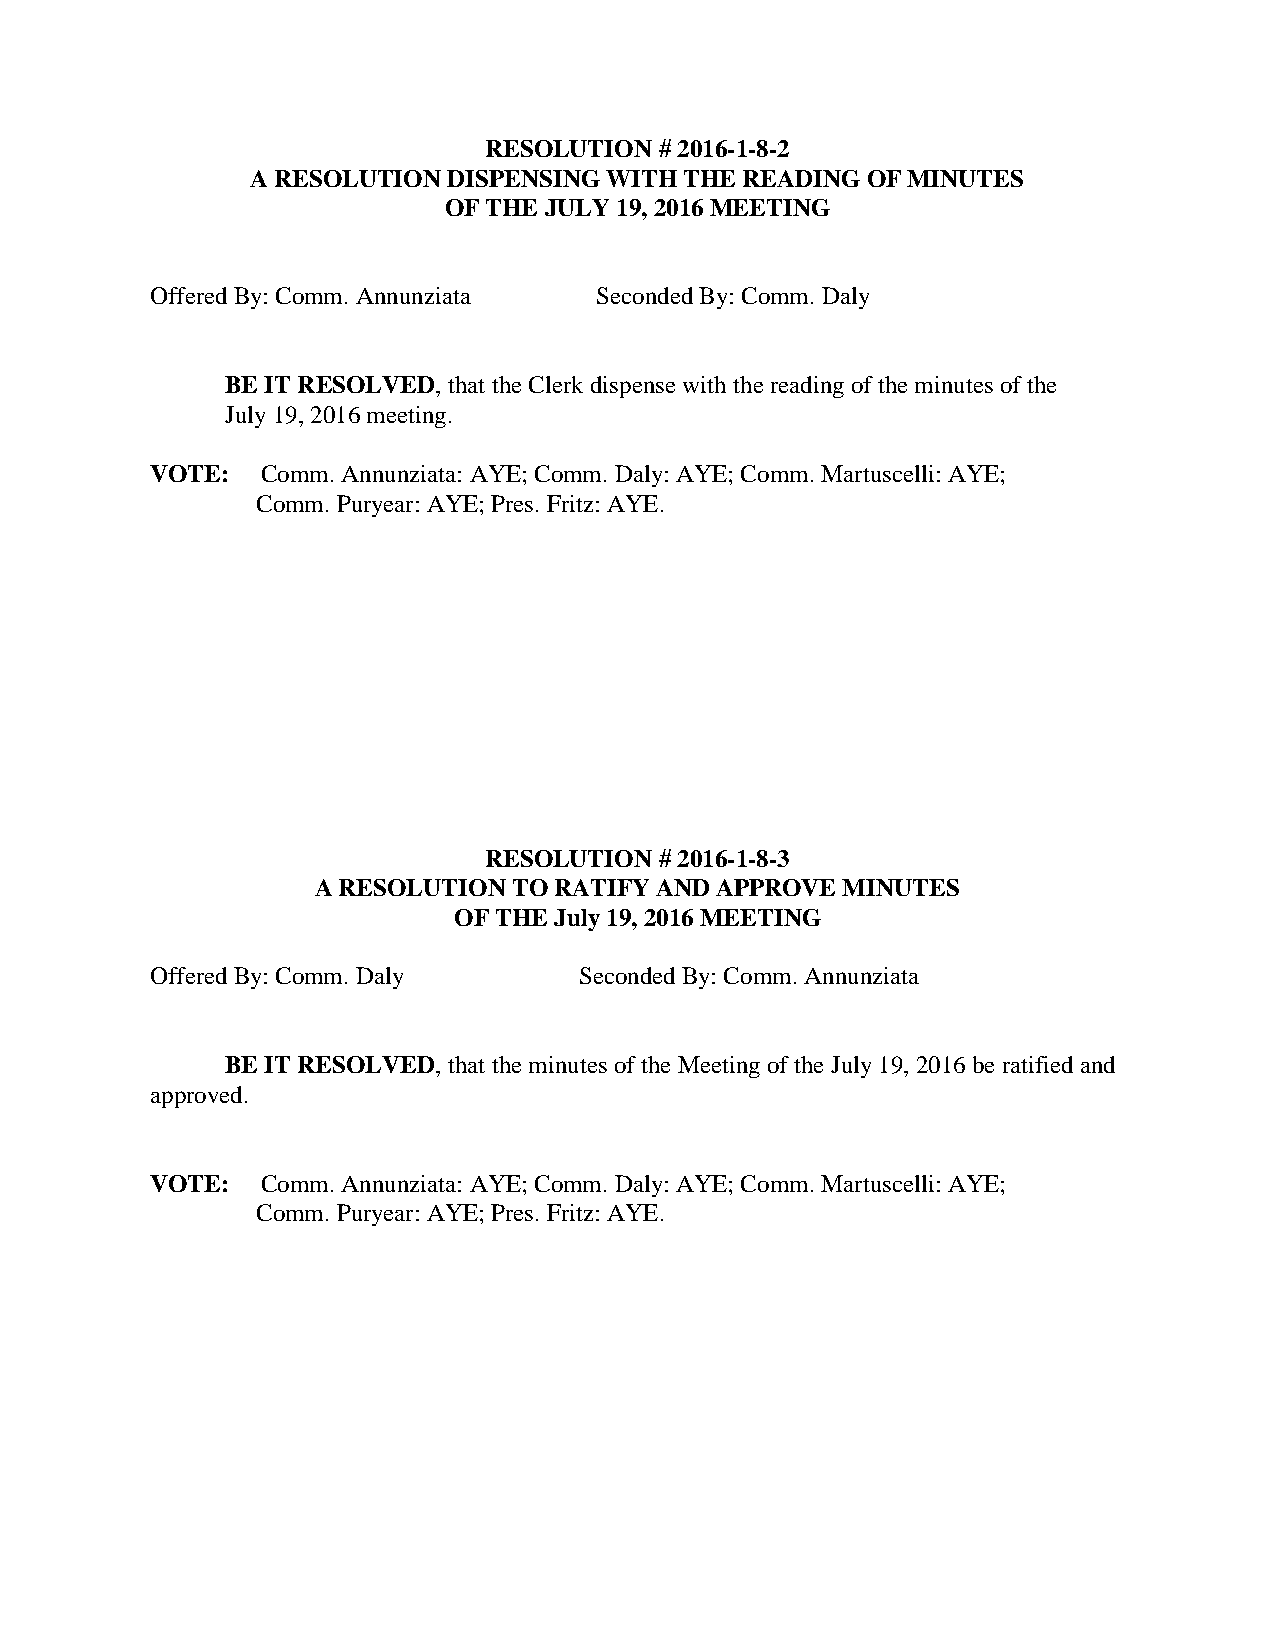
RESOLUTION  # 2016-1-8-2
 A RESOLUTION DISPENSING WITH THE READING OF MINUTES
 OF THE JULY 19, 2016 MEETING
 Offered By: Comm. Annunziata Seconded By: Comm. Daly
 BE IT RESOLVED, that the Clerk dispense with the reading of the minutes of the
 July 19, 2016 meeting.
 VOTE:  Comm. Annunziata: AYE; Comm. Daly: AYE; Comm. Martuscelli: AYE;
 Comm. Puryear: AYE; Pres. Fritz: AYE.
 RESOLUTION  # 2016-1-8-3
 A RESOLUTION TO RATIFY AND APPROVE MINUTES
 OF THE July 19, 2016 MEETING
 Offered By: Comm. Daly      Seconded By: Comm. Annunziata
 BE IT RESOLVED, that the minutes of the Meeting of the July 19, 2016 be ratified and
 approved.
 VOTE:  Comm. Annunziata: AYE; Comm. Daly: AYE; Comm. Martuscelli: AYE;
 Comm. Puryear: AYE; Pres. Fritz: AYE.